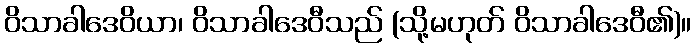
ဝိသာခါဒေဝိယာ၊ ဝိသာခါဒေဝီသည် (သို့မဟုတ် ဝိသာခါဒေဝီ၏)။